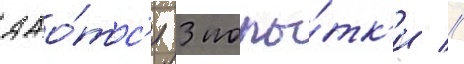
дао́тс'я 3 попы́тк'и //